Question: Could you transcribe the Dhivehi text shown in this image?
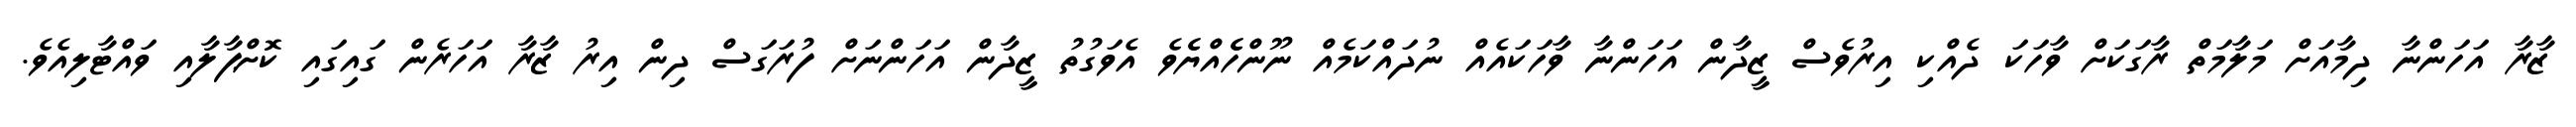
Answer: ޒާރާ އަހަންނާ ދިމާއަށް މަލާމަތް ރާގަކަށް ވާހަކަ ދެއްކި އިރުވެސް ޒީދާން އަހަންނާ ވާހަކައެއް ނުދައްކަމެއް ނޫންހެެއްޔެެވެ އެވަގުތު ޒީދާން އަހަންނަށް ފުރަގަސް ދިން އިރު ޒާރާ އަހަރެން ގައިގައި ކޮށްޕާލާއި ވައްޓާލިއެވެ.